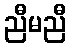
ညီမညီ